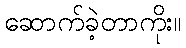
ဆောက်ခဲ့တာကိုး။